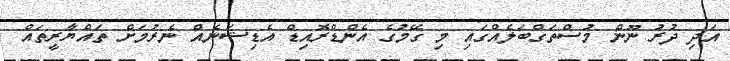
އަދި ދުރު ނޫން މުސްތަގްބަލެއްގައި މި ގޭމުގެ އެންޑްރޮއިޑް އެޑިޝަނެއް ނެރުމަށް ތައްޔާރީތައް